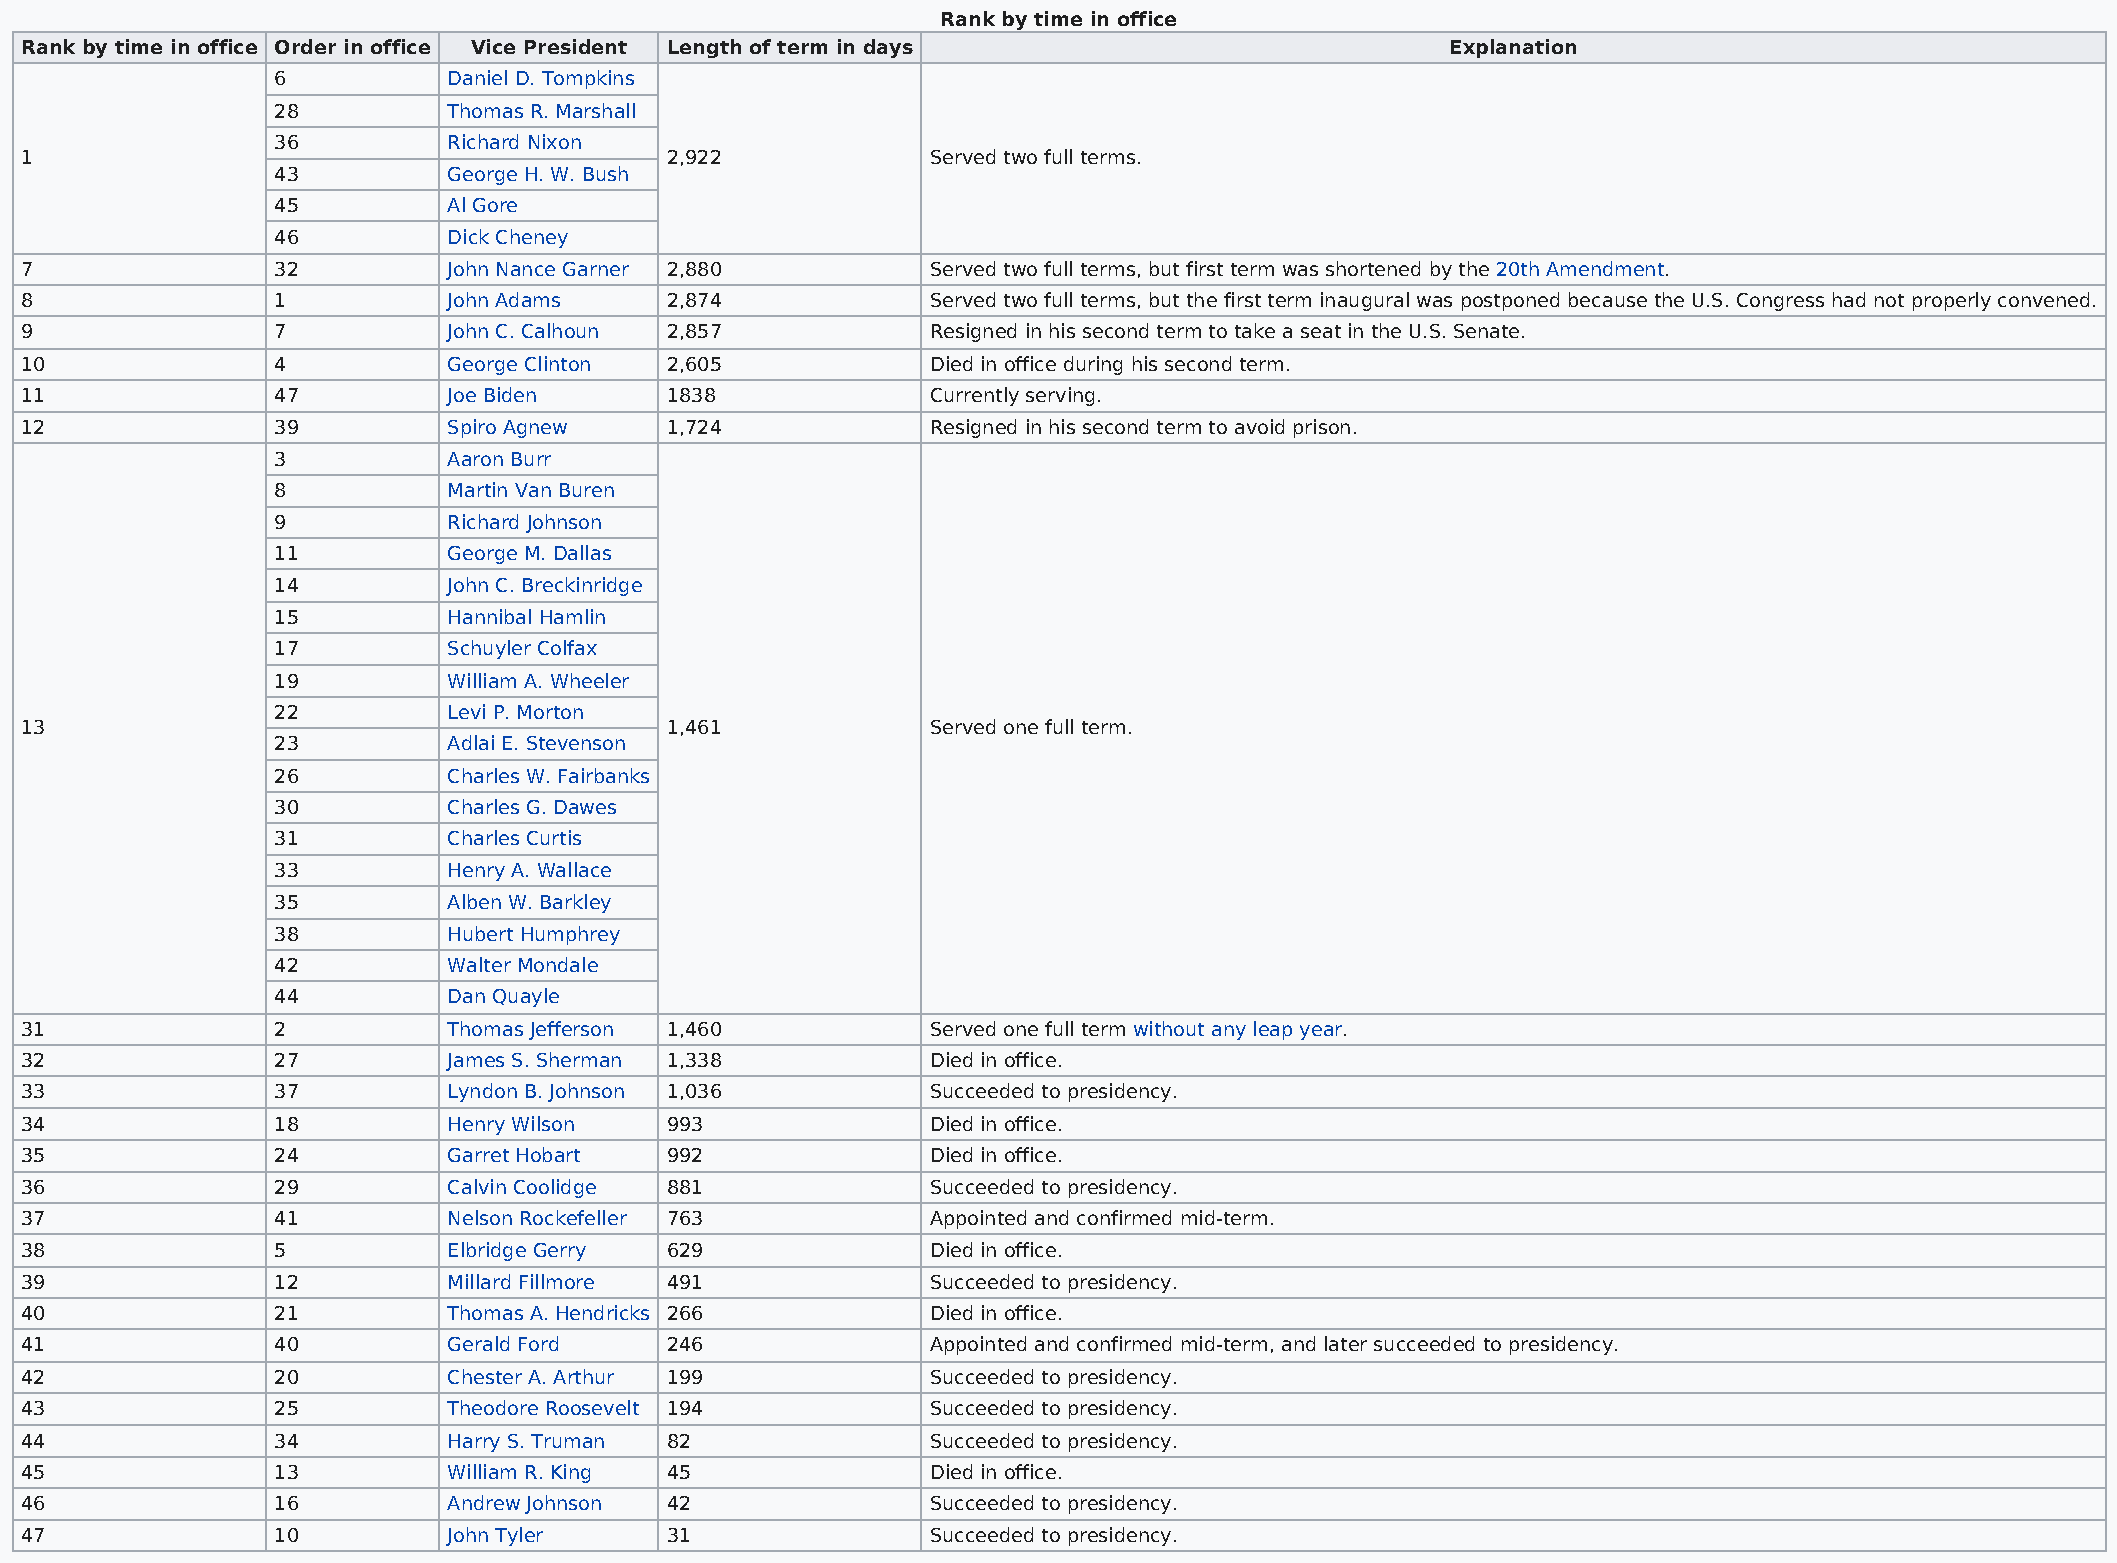
Rank by time in office
 Rank by time in office Order in office Vice President Length of term in days                   Explanation
 6           Daniel D. Tompkins
 28          Thomas R. Marshall
 36          Richard Nixon
 1                                          2,922             Served two full terms.
 43          George H. W. Bush
 45          Al Gore
 46          Dick Cheney
 7                32          John Nance Garner 2,880         Served two full terms, but first term was shortened by the 20th Amendment.
 8                1           John Adams    2,874             Served two full terms, but the first term inaugural was postponed because the U.S. Congress had not properly convened.
 9                7           John C. Calhoun 2,857           Resigned in his second term to take a seat in the U.S. Senate.
 10               4           George Clinton 2,605            Died in office during his second term.
 11               47          Joe Biden     1838              Currently serving.
 12               39          Spiro Agnew   1,724             Resigned in his second term to avoid prison.
 3           Aaron Burr
 8           Martin Van Buren
 9           Richard Johnson
 11          George M. Dallas
 14          John C. Breckinridge
 15          Hannibal Hamlin
 17          Schuyler Colfax
 19          William A. Wheeler
 22          Levi P. Morton
 13                                         1,461             Served one full term.
 23          Adlai E. Stevenson
 26          Charles W. Fairbanks
 30          Charles G. Dawes
 31          Charles Curtis
 33          Henry A. Wallace
 35          Alben W. Barkley
 38          Hubert Humphrey
 42          Walter Mondale
 44          Dan Quayle
 31               2           Thomas Jefferson 1,460          Served one full term without any leap year.
 32               27          James S. Sherman 1,338          Died in office.
 33               37          Lyndon B. Johnson 1,036         Succeeded to presidency.
 34               18          Henry Wilson  993               Died in office.
 35               24          Garret Hobart 992               Died in office.
 36               29          Calvin Coolidge 881             Succeeded to presidency.
 37               41          Nelson Rockefeller 763          Appointed and confirmed mid-term.
 38               5           Elbridge Gerry 629              Died in office.
 39               12          Millard Fillmore 491            Succeeded to presidency.
 40               21          Thomas A. Hendricks 266         Died in office.
 41               40          Gerald Ford   246               Appointed and confirmed mid-term, and later succeeded to presidency.
 42               20          Chester A. Arthur 199           Succeeded to presidency.
 43               25          Theodore Roosevelt 194          Succeeded to presidency.
 44               34          Harry S. Truman 82              Succeeded to presidency.
 45               13          William R. King 45              Died in office.
 46               16          Andrew Johnson 42               Succeeded to presidency.
 47               10          John Tyler    31                Succeeded to presidency.